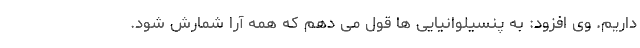
داریم. وی افزود: به پنسیلوانیایی ها قول می دهم که همه آرا شمارش شود.